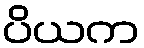
ပိယက